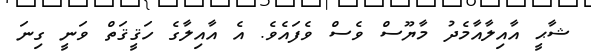
ޝާޙީ އާއިލާއާމެދު މާޔޫސް ވެސް ވެފައެވެ. އެ އާއިލާގެ ހަޤީޤަތް ވަނީ ގިނަ